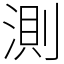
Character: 測